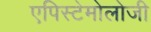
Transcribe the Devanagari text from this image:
एपिस्टेमोलोजी